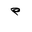
Letter: _mim